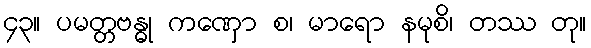
၄၃။ ပမတ္တဗန္ဓု ကဏှော စ၊ မာရော နမုစိ၊ တဿ တု။